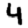
Digit: 4